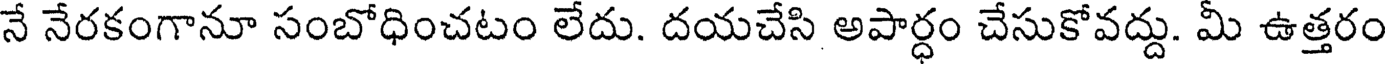
నే నేరకంగానూ సంబోధించటం లేదు. దయచేసి అపార్ధం చేసుకోవద్దు. మీ ఉత్తరం